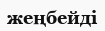
жеңбейді